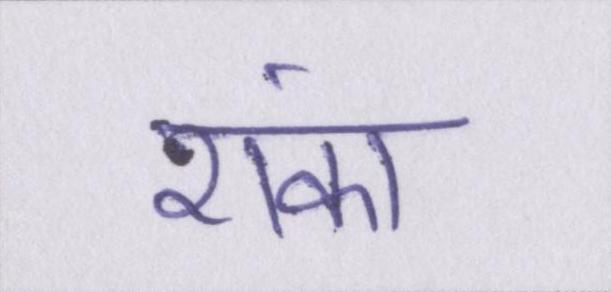
शंका